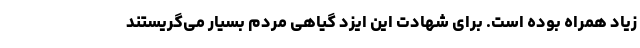
زیاد همراه بوده است. برای شهادت این ایزد گیاهی مردم بسیار می‌گریستند